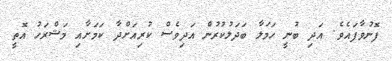
ފޮނުވާފައެވެ. އަދި ބުނީ ހަމަލާ ބަދަލުކުރުން އަދިވެސް ކުރިއަށްދާ ކަމަށާއި މަޝްރަހު އޮތީ